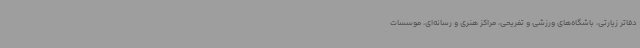
دفاتر زیارتی، باشگاه‌های ورزشی و تفریحی، مراکز هنری و رسانه‌ای، موسسات